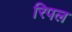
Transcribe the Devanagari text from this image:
रिपल